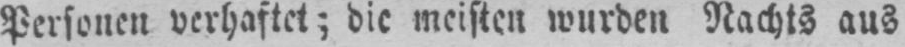
Personen verhaftet; die meisten wurden Nachts aus